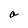
Character: a